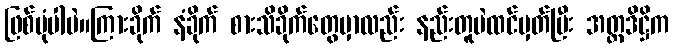
ဖြစ်ပုံပါပဲ။ကြားခိုက် နံခိုက် စားသိခိုက်တွေမှာလည်း နည်းတူပဲထင်မှတ်ပြီး အတ္တဒိဋ္ဌိက